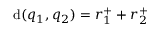
\mathrm { d } ( q _ { 1 } , q _ { 2 } ) = r _ { 1 } ^ { + } + r _ { 2 } ^ { + }